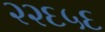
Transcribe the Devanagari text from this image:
२२६५६